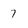
Character: 7